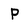
Character: P